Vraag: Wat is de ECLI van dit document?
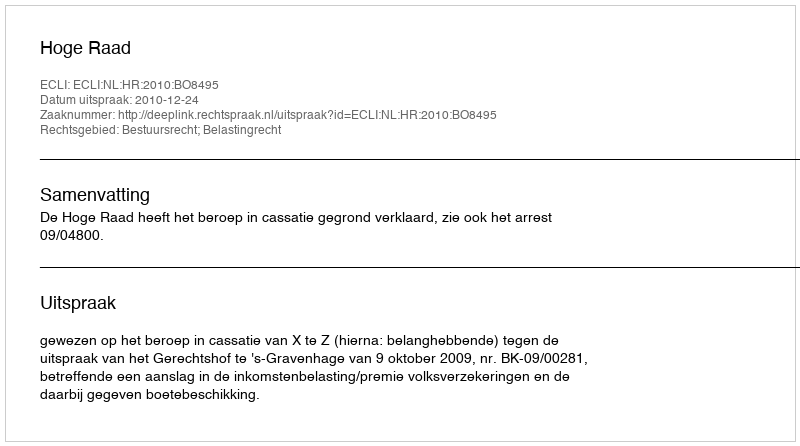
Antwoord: ECLI:NL:HR:2010:BO8495